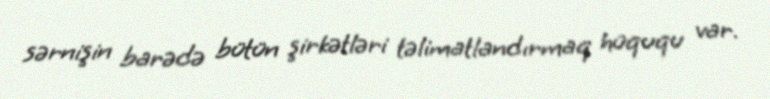
sərnişin barədə bütün şirkətləri təlimatlandırmaq hüququ var.